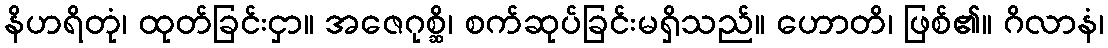
နိဟရိတုံ၊ ထုတ်ခြင်းငှာ။ အဇေဂုစ္ဆိ၊ စက်ဆုပ်ခြင်းမရှိသည်။ ဟောတိ၊ ဖြစ်၏။ ဂိလာနံ၊